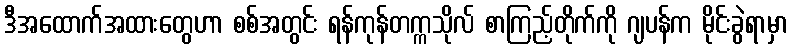
ဒီအထောက်အထားတွေဟာ စစ်အတွင်း ရန်ကုန်တက္ကသိုလ် စာကြည့်တိုက်ကို ဂျပန်က မိုင်းခွဲရာမှာ